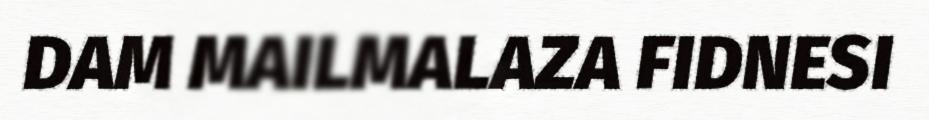
DAM MAILMALAZA FIDNESI